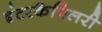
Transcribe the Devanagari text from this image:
इंटरकैपिलरी